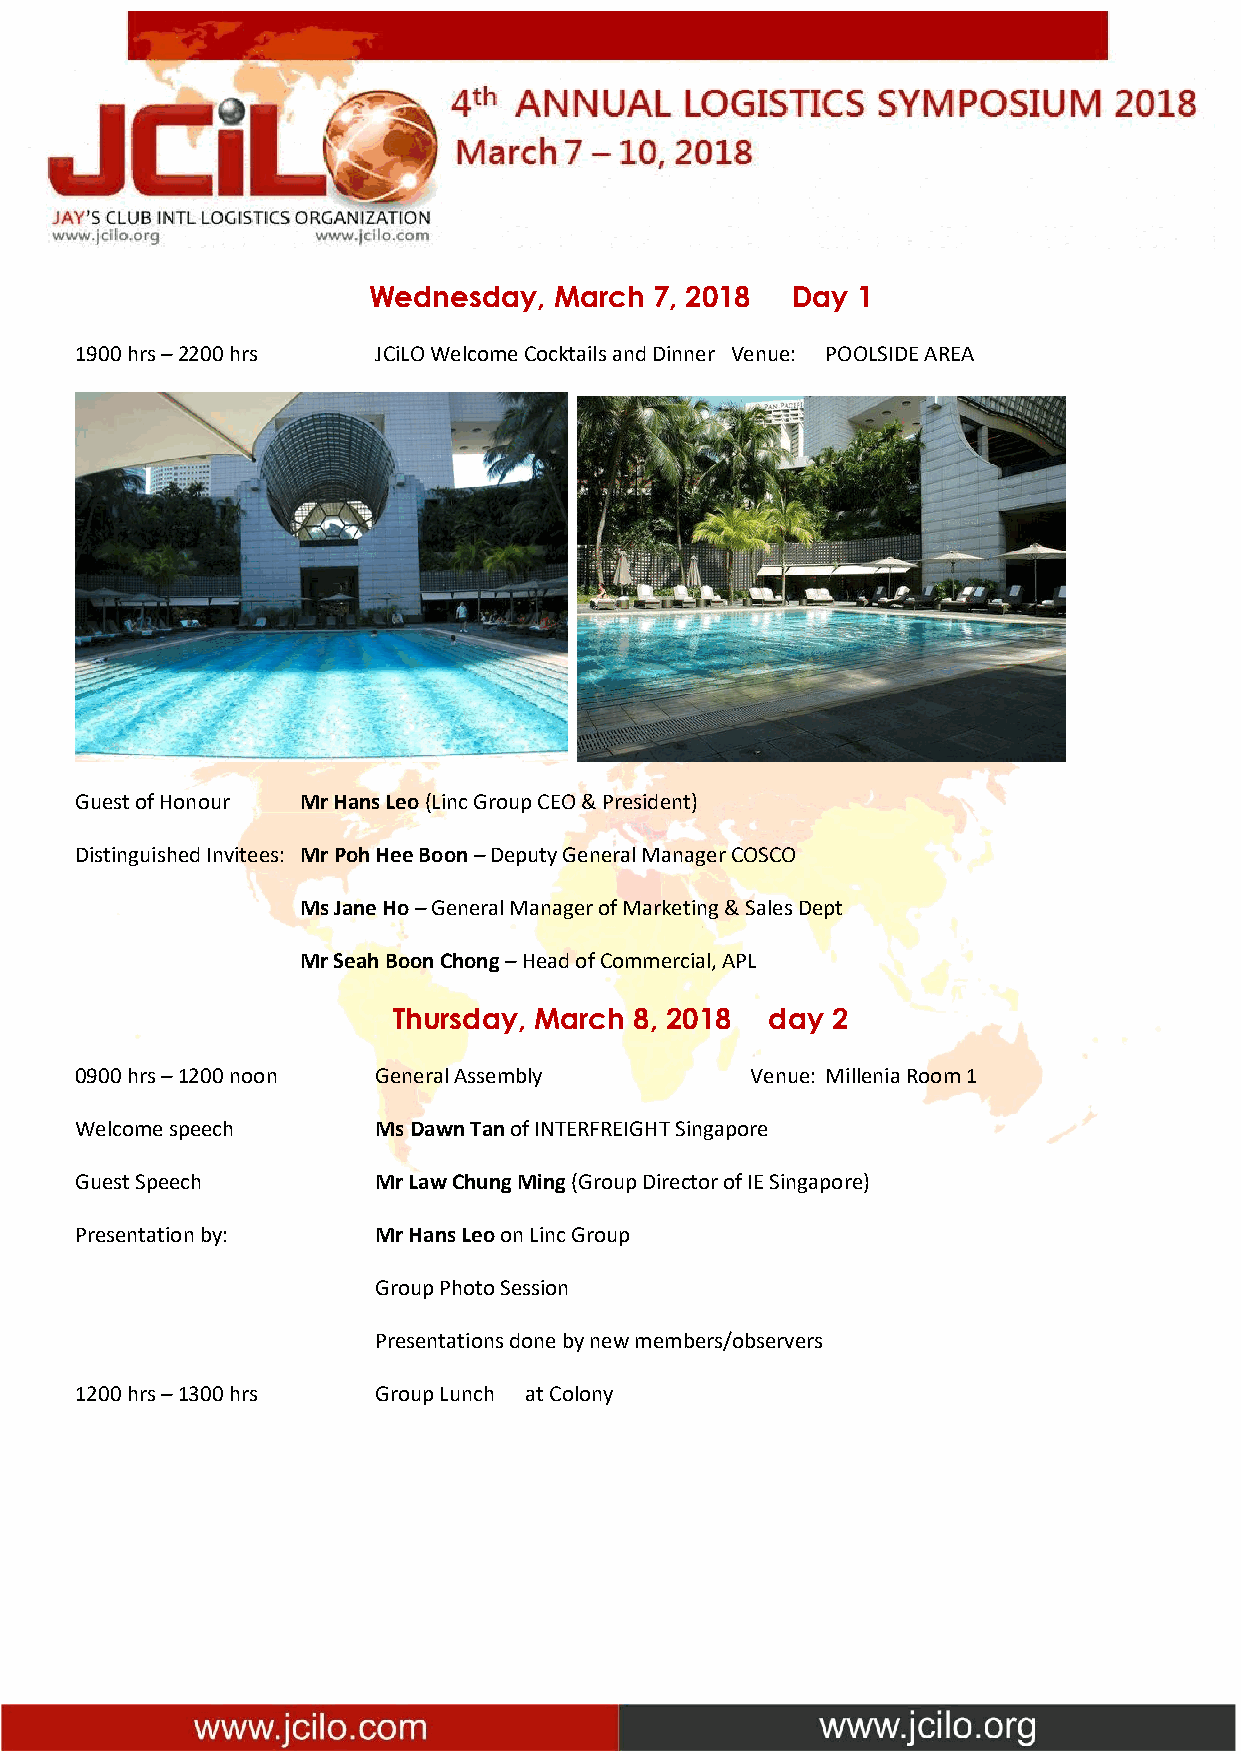
Wednesday,   March 7, 2018  Day  1
 1900 hrs – 2200 hrs JCiLO Welcome Cocktails and Dinner Venue: POOLSIDE AREA
 Guest of Honour Mr Hans Leo (Linc Group CEO & President)
 Distinguished Invitees: Mr Poh Hee Boon – Deputy General Manager COSCO
 Ms Jane Ho – General Manager of Marketing & Sales Dept
 Mr Seah Boon Chong – Head of Commercial, APL
 Thursday, March 8, 2018  day 2
 0900 hrs – 1200 noon General Assembly        Venue: Millenia Room 1
 Welcome speech      Ms Dawn Tan of INTERFREIGHT Singapore
 Guest Speech        Mr Law Chung Ming (Group Director of IE Singapore)
 Presentation by:    Mr Hans Leo on Linc Group
 Group Photo Session
 Presentations done by new members/observers
 1200 hrs – 1300 hrs Group Lunch at Colony